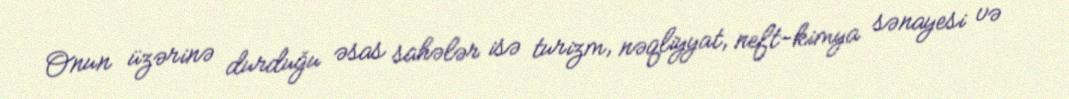
Onun üzərinə durduğu əsas sahələr isə turizm, nəqliyyat, neft-kimya sənayesi və